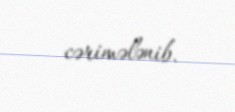
cərimələnib.